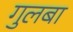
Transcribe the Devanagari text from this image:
गुलबा